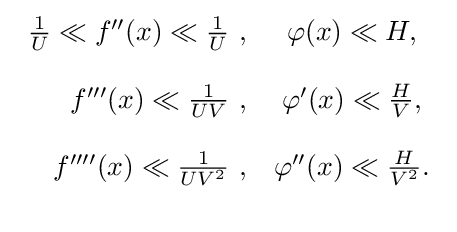
{\begin{array}{rc}{\frac {1}{U}}\ll f''(x)\ll {\frac {1}{U}}\ ,&\varphi (x)\ll H,\\\\f'''(x)\ll {\frac {1}{UV}}\ ,&\varphi '(x)\ll {\frac {H}{V}},\\\\f''''(x)\ll {\frac {1}{UV^{2}}}\ ,&\varphi ''(x)\ll {\frac {H}{V^{2}}}.\\\\\end{array}}